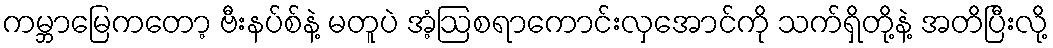
ကမ္ဘာမြေကတော့ ဗီးနပ်စ်နဲ့ မတူပဲ အံ့ဩစရာကောင်းလှအောင်ကို သက်ရှိတို့နဲ့ အတိပြီးလို့